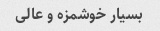
بسیار خوشمزه و عالی